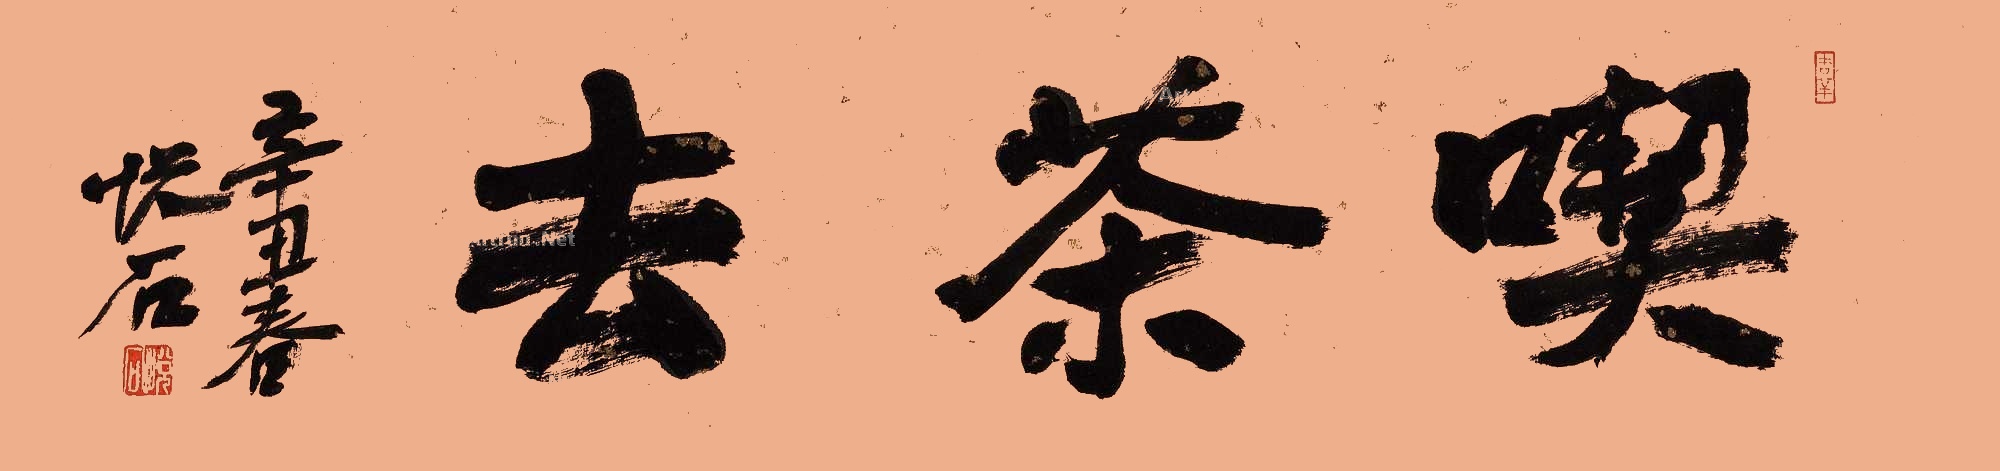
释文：吃茶去。辛丑春，悦石。